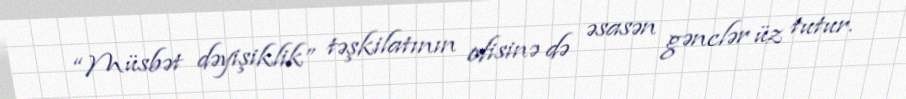
“Müsbət dəyişiklik” təşkilatının ofisinə də əsasən gənclər üz tutur.